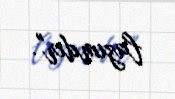
lazımdır".